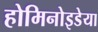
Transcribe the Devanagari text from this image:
होमिनोइडेया